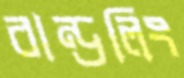
বান্ডলিং